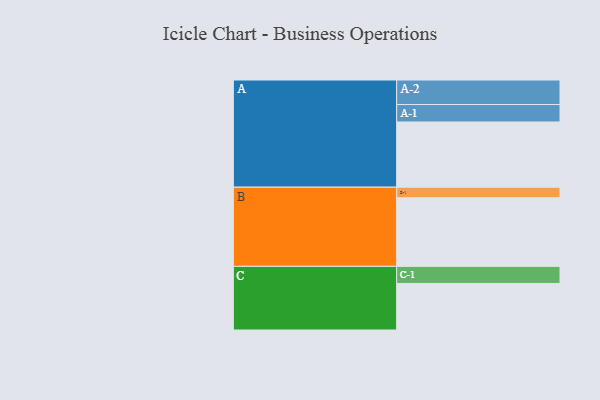
{"axis": {"x": "Segment", "y": "Value"}, "legend": ["", "A", "B", "C"], "data": [{"x": "A", "y": 500, "type": ""}, {"x": "B", "y": 526, "type": ""}, {"x": "C", "y": 357, "type": ""}, {"x": "A-1", "y": 134, "type": "A"}, {"x": "A-2", "y": 188, "type": "A"}, {"x": "B-1", "y": 81, "type": "B"}, {"x": "C-1", "y": 131, "type": "C"}]}